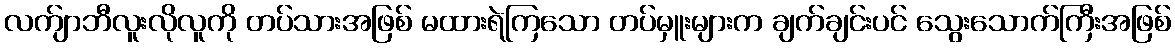
လက်ျာဘီလူးလိုလူကို တပ်သားအဖြစ် မထားရဲကြသော တပ်မှူးများက ချက်ချင်းပင် သွေးသောက်ကြီးအဖြစ်